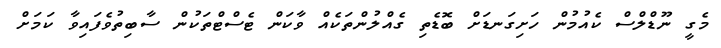
މެގީ ނޫޑްލްސް ކެއުމުން ހަށިގަނޑަށް ބޮޑެތި ގެއްލުންތަކެއް ވާކަން ޓެސްޓްތަކުން ސާބިތުވެފައިވާ ކަމަށް